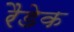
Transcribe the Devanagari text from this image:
रैडेक